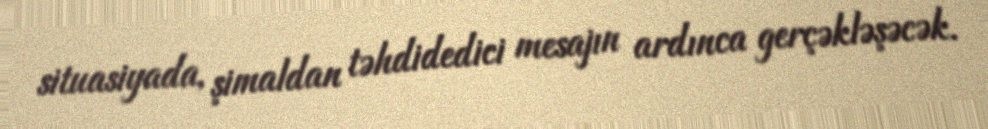
situasiyada, şimaldan təhdidedici mesajın ardınca gerçəkləşəcək.